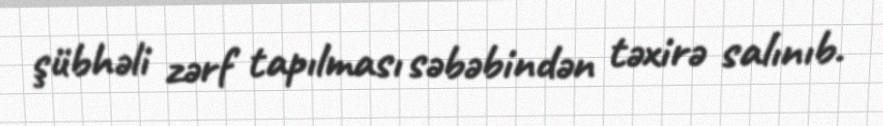
şübhəli zərf tapılması səbəbindən təxirə salınıb.